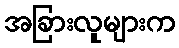
အခြားလူများက